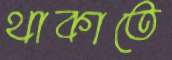
থাকাতে